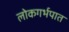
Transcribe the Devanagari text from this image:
लोकगर्भपात